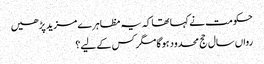
حکومت نے کہا تھا کہ یہ مظاہرے مزید پڑھیں
رواں سال حج محدود ہوگا مگر کس کے لیے؟